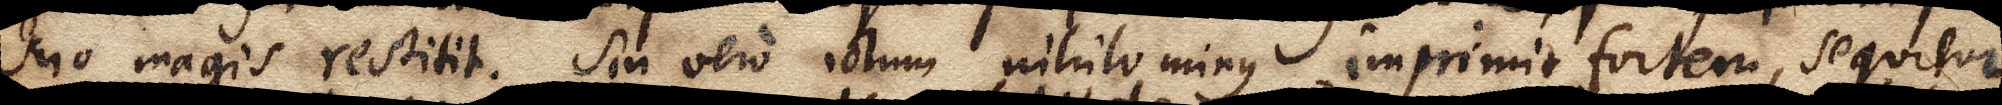
suo magis restitit. Sin vero ictum nihilominus imprimit fortem, sequitur